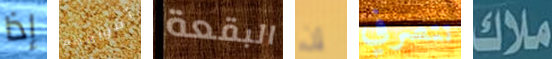
إذا أفواههم البقعة إن تتصرفي ملاك